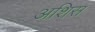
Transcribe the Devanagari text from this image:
अशिस